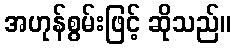
အဟုန်စွမ်းဖြင့် ဆိုသည်။